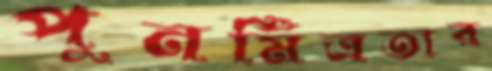
পুনর্মিত্রতার